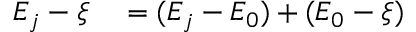
\begin{array} { r l } { E _ { j } - \xi } & { { } = ( E _ { j } - E _ { 0 } ) + ( E _ { 0 } - \xi ) } \end{array}